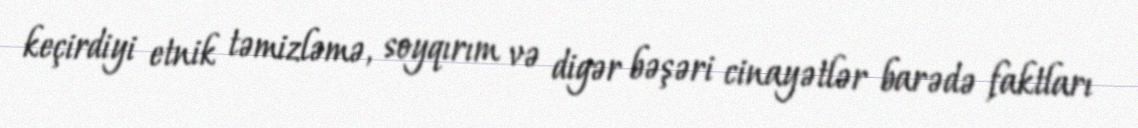
keçirdiyi etnik təmizləmə, soyqırım və digər bəşəri cinayətlər barədə faktları